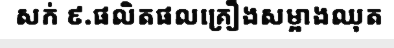
សក់ ៩.ផលិតផលគ្រឿងសម្អាងឈុត